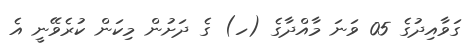
ގަވާއިދުގެ 05 ވަނަ މާއްދާގެ (ހ) ގެ ދަށުން މިކަން ކުރެވޭނީ އެ